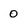
Character: 0